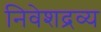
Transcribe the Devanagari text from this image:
निवेशद्रव्य